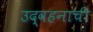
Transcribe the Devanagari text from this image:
उद्वहनाची